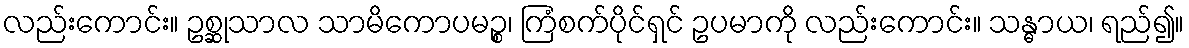
လည်းကောင်း။ ဥစ္ဆုသာလ သာမိကောပမဉ္စ၊ ကြံစက်ပိုင်ရှင် ဥပမာကို လည်းကောင်း။ သန္ဓာယ၊ ရည်၍။